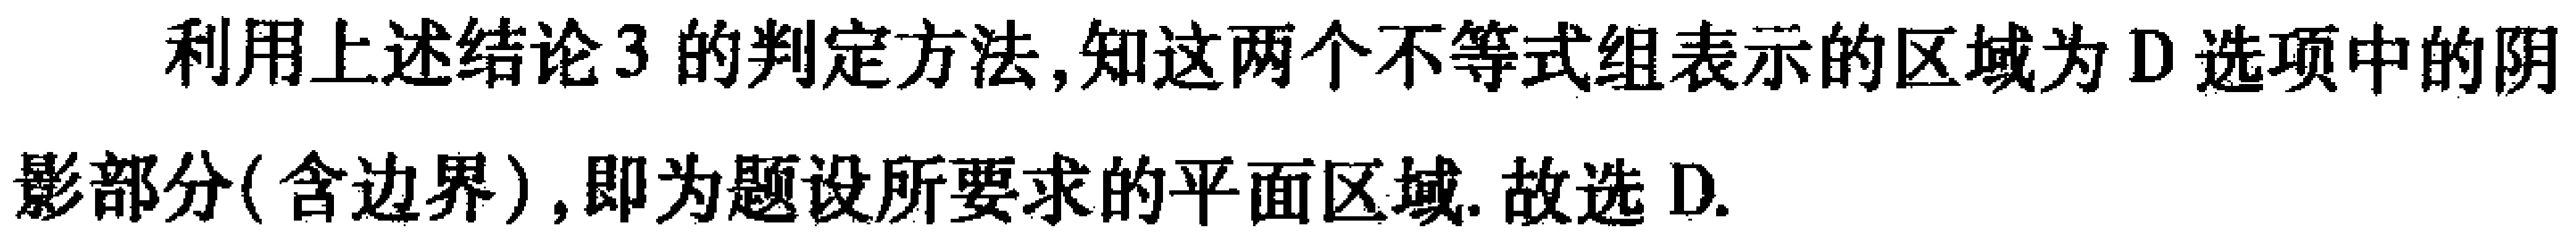
利用上述结论3的判定方法,知这两个不等式组表示的区域为D选项中的阴影部分(含边界),即为题设所要求的平面区域. 故选D.